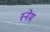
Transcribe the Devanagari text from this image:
स्नेम